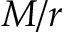
M / r